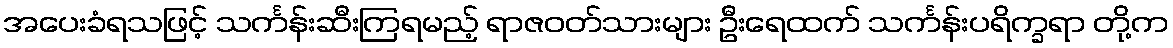
အပေးခံရသဖြင့် သင်္ကန်းဆီးကြရမည့် ရာဇဝတ်သားများ ဦးရေထက် သင်္ကန်းပရိက္ခရာ တို့က